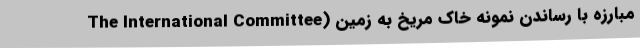
مبارزه با رساندن نمونه خاک مریخ به زمین (The International Committee